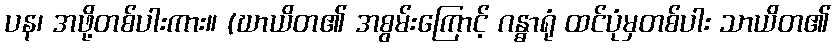
ပန၊ အဖို့တစ်ပါးကား။ (ဃာယိတ၏ အစွမ်းကြောင့် ဂန္ဓာရုံ ထင်ပုံမှတစ်ပါး သာယိတ၏